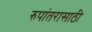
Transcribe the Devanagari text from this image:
रुपांतरासाठी